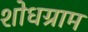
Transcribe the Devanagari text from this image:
शोधग्राम